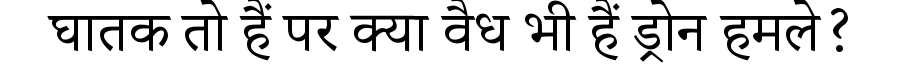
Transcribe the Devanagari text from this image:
घातक तो हैं पर क्या वैध भी हैं ड्रोन हमले?